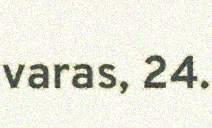
varas, 24.